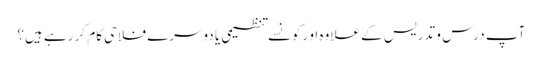
آپ درس و تدریس کے علاوہ او رکونسے تنظیمی یا دوسرے فلاحی کام کر رہے ہیں؟